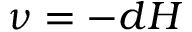
\nu = - d H